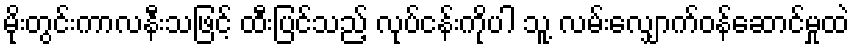
မိုးတွင်းကာလနီးသဖြင့် ထီးပြင်သည့် လုပ်ငန်းကိုပါ သူ့ လမ်းလျှောက်ဝန်ဆောင်မှုထဲ